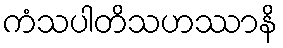
ကံသပါတိသဟဿာနိ